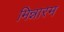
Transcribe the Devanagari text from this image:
मिन्नारम